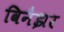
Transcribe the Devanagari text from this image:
विनैझर